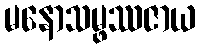
မနောသမ္ဖဿဇာယ